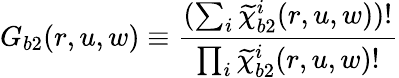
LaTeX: G_{b2}(r,u,w)\equiv\frac{(\sum_{i}\widetilde{\chi}_{b2}^{i}(r,u,w))!}{\prod_{i}\widetilde{\chi}_{b2}^{i}(r,u,w)!}